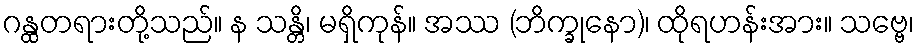
ဂန္ထတရားတို့သည်။ န သန္တိ၊ မရှိကုန်။ အဿ (ဘိက္ခုနော)၊ ထိုရဟန်းအား။ သဗ္ဗေ၊